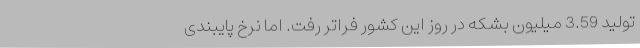
تولید 3.59 میلیون بشکه در روز این کشور فراتر رفت. اما نرخ پایبندی